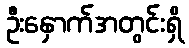
ဦးနှောက်အတွင်းရှိ